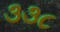
૩૩૮